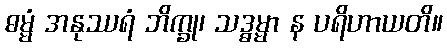
ဓမ္မံ အနုဿရံ ဘိက္ခု၊ သဒ္ဓမ္မာ န ပရိဟာယတိ။